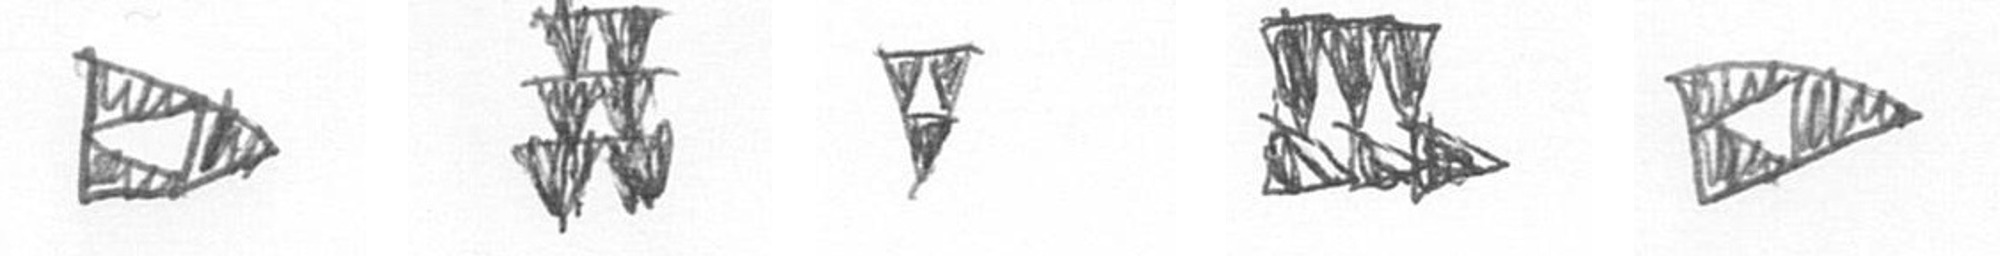
K Y S D K